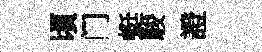
頃门蜓駿證